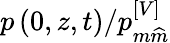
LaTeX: p\left(0,z,t\right)/p_{m\widehat{m}}^{\left[V\right]}